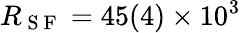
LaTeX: R_{\mathrm{~S~F~}}=45(4)\times 10^{3}